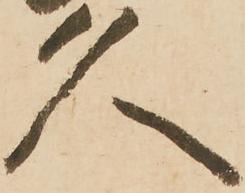
久